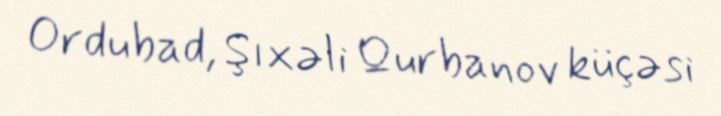
Ordubad, Şıxəli Qurbanov küçəsi